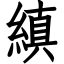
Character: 縝